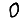
Digit: 0